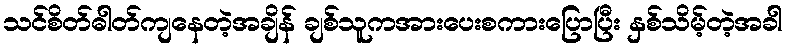
သင်စိတ်ဓါတ်ကျနေတဲ့အချိန် ချစ်သူကအားပေးစကားပြောပြီး နှစ်သိမ့်တဲ့အခါ